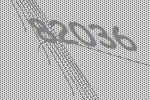
82036